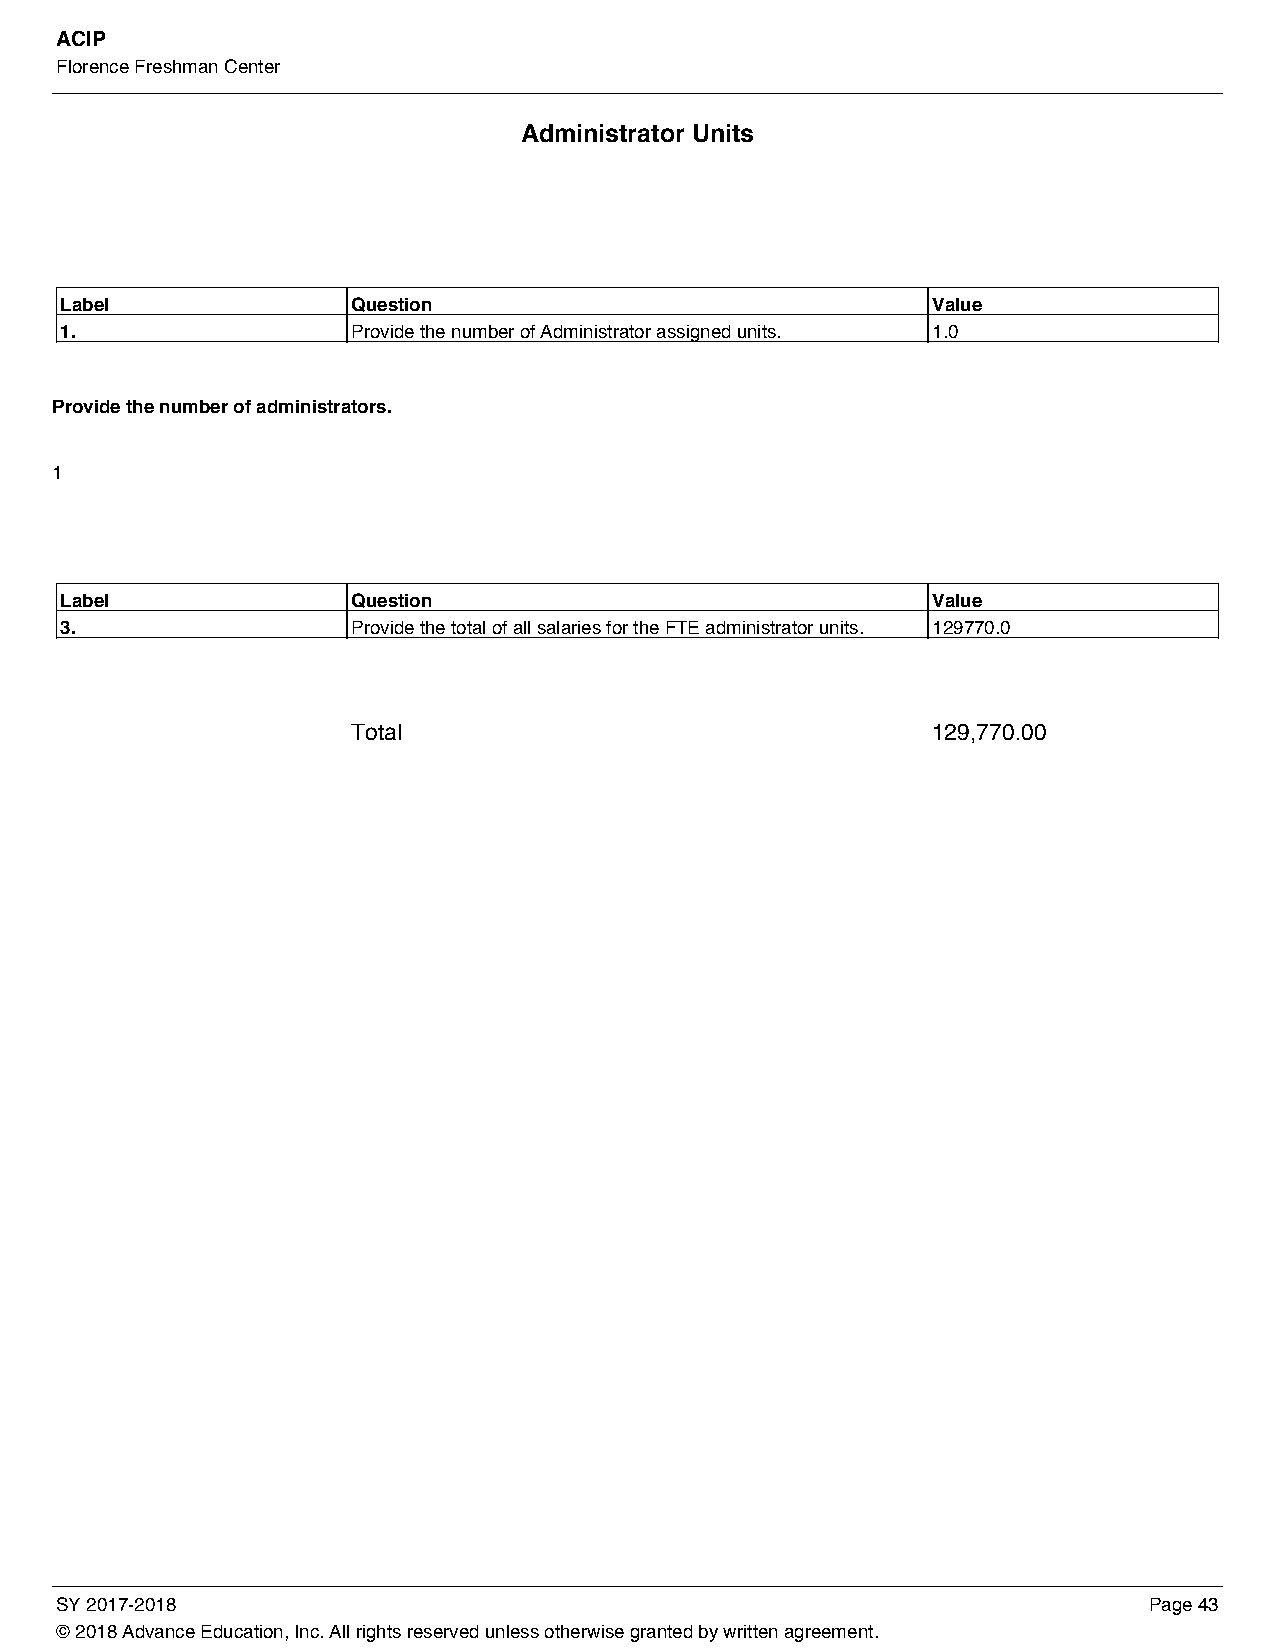
ACIP
 Florence Freshman Center
 Administrator Units
 Label              Question                               Value
 1.                 Provide the number of Administrator assigned units. 1.0
 Provide the number of administrators.
 1
 Label              Question                               Value
 3.                 Provide the total of all salaries for the FTE administrator units. 129770.0
 Total                                  129,770.00
 SY 2017-2018                                                            Page 43
 © 2018 Advance Education, Inc. All rights reserved unless otherwise granted by written agreement.